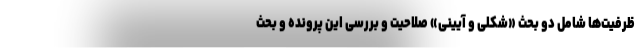
ظرفیت‌ها شامل دو بحث «شکلی و آیینی» صلاحیت و بررسی این پرونده و بحث